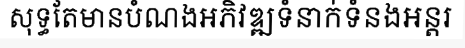
សុទ្ធតែមានបំណងអភិវឌ្ឍទំនាក់ទំនងអន្តរ